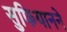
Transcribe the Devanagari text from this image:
सुफियानने